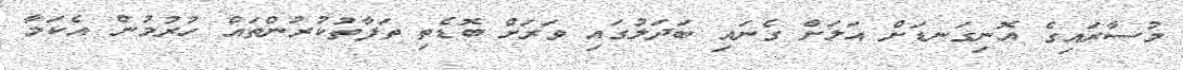
މުސާރައިގެ އޮނިގަނޑަށް އަލަށް ގެނައި ބަދަލުގައި ވަރަށް ބޮޑެތި ތަފާތުކުރުންތައް ހުރުމުން އެކަމާ